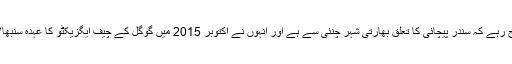
واضح رہے کہ سندر پیچائی کا تعلق بھارتی شہر چنئی سے ہے اور انہوں نے اکتوبر 2015 میں گوگل کے چیف ایگزیکٹو کا عہدہ سنبھالا تھا۔